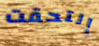
إلتحقت